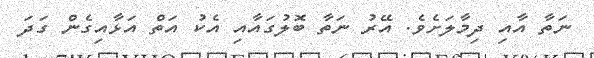
ނަތާ އާއި ދިމާލަށެވެ. އޭރު ނަތާ ބޮލުގައާއި އެކު އަތް އަޅާއިގެން ގަދަ